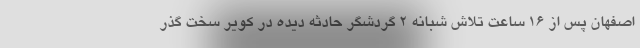
اصفهان پس از ۱۶ ساعت تلاش شبانه ۲ گردشگر حادثه دیده در کویر سخت گذر